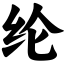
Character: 纶